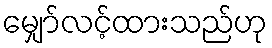
မျှော်လင့်ထားသည်ဟု